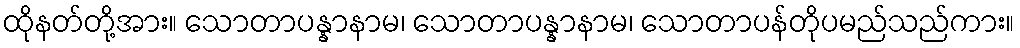
ထိုနတ်တို့အား။ သောတာပန္နာနာမ၊ သောတာပန္နာနာမ၊ သောတာပန်တိုပမည်သည်ကား။